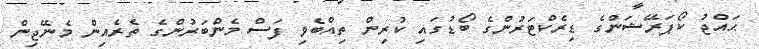
ޙައްޖު ކޯޕަރޭޝަންގެ ޑިރެކްޓަރުންގެ ބޯޑުގައި ކުރިން ތިއްބެވި ފަސް މެންބަރުންގެ ތެރެއިން މެނޭޖިން